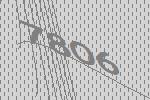
7806